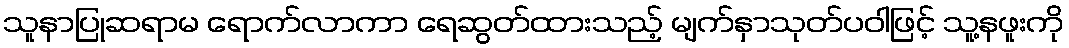
သူနာပြုဆရာမ ရောက်လာကာ ရေဆွတ်ထားသည့် မျက်နှာသုတ်ပဝါဖြင့် သူ့နဖူးကို